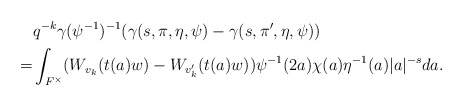
\begin{align*}&q^{-k}\gamma(\psi^{-1})^{-1}(\gamma(s,\pi,\eta,\psi)-\gamma(s,\pi',\eta,\psi))\\=&\int_{F^\times} ( W_{v_k}(t(a)w)-W_{v_k'}(t(a)w))\psi^{-1}(2a) \chi(a)\eta^{-1}(a)|a|^{-s} da.\end{align*}